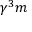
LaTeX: \gamma ^ { 3 } m